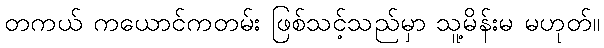
တကယ် ကယောင်ကတမ်း ဖြစ်သင့်သည်မှာ သူ့မိန်းမ မဟုတ်။